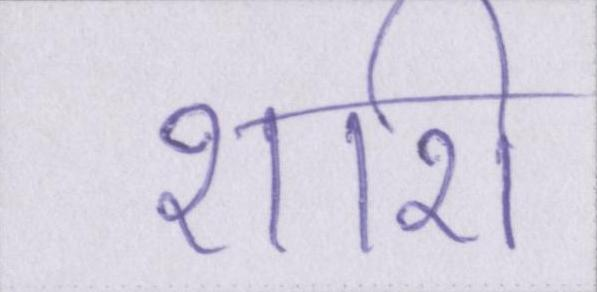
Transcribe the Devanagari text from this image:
शशि